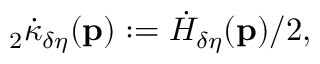
{ } _ { 2 } \dot { \kappa } _ { \delta \eta } ( \mathbf { p } ) : = \dot { H } _ { \delta \eta } ( \mathbf { p } ) / 2 ,